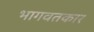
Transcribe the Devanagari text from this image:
भागवतकार